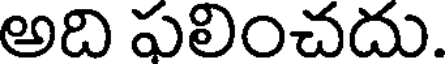
అది ఫలించదు.